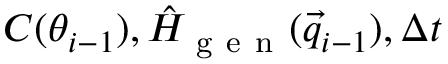
C ( \theta _ { i - 1 } ) , \hat { H } _ { \mathrm { ~ g ~ e ~ n ~ } } ( \vec { q } _ { i - 1 } ) , \Delta t